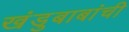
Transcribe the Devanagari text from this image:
खंडुबाबांची